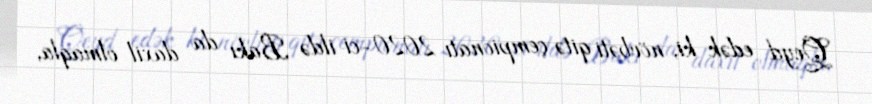
Qeyd edək ki, növbəti qitə çempionatı 2020-ci ildə Bakı da daxil olmaqla,